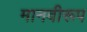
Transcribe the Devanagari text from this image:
मानवीरूप